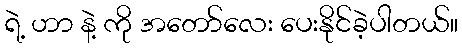
ရဲ့ ဟာ နဲ့ ကို အတော်လေး ပေးနိုင်ခဲ့ပါတယ်။